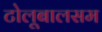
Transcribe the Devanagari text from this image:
टोलूबालसम